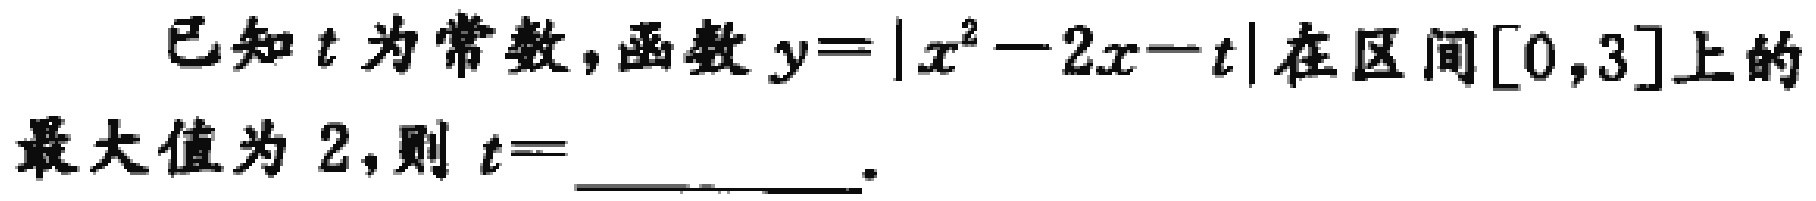
已知\(t\)为常数，函数\(y = |x^{2}-2x - t|\)在区间\([0,3]\)上的最大值为\(2\)，则\(t =\)_________。